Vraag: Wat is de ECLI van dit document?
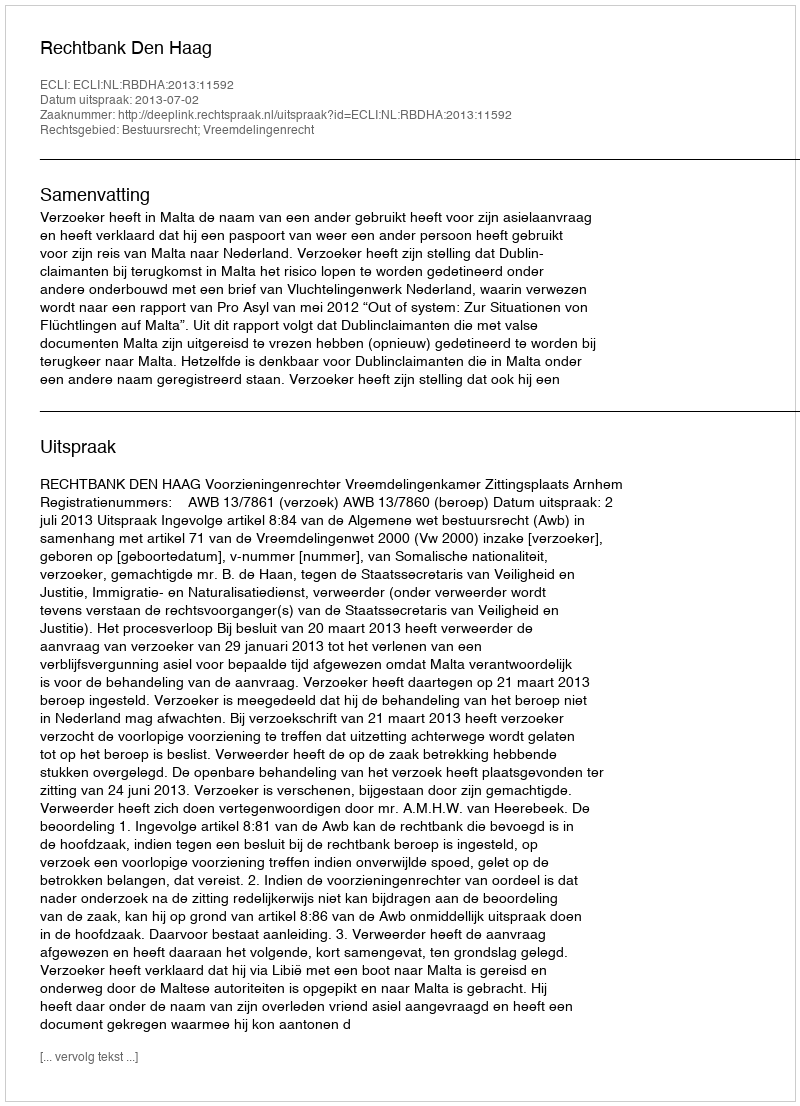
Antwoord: ECLI:NL:RBDHA:2013:11592